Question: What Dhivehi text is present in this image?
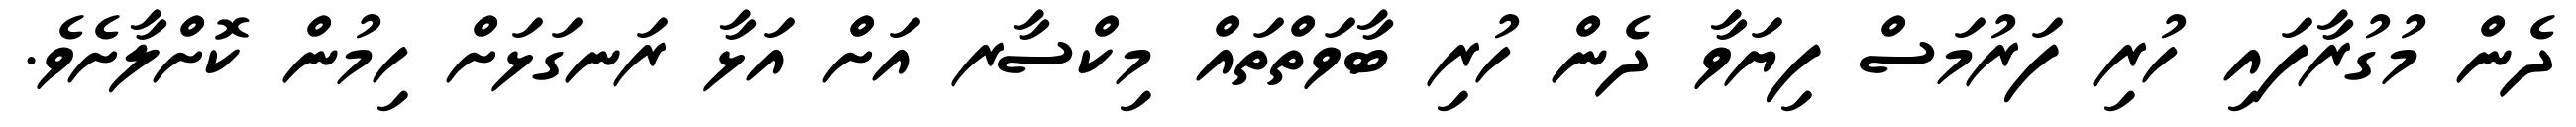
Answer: ދެން މުގުރާފައި ހުރި ފަރުމަސް ފިޔަވާ ދެން ހުރި ބާވަތްތައް މިކްސާރ އަށް އަޅާ ރަނގަޅަށް ހިމުން ކޮށްލާށެވެ.